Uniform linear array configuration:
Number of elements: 24
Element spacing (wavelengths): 0.5
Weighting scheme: exponential
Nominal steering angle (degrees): -45
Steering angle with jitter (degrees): -46.34
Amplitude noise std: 0.05
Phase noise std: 0.05

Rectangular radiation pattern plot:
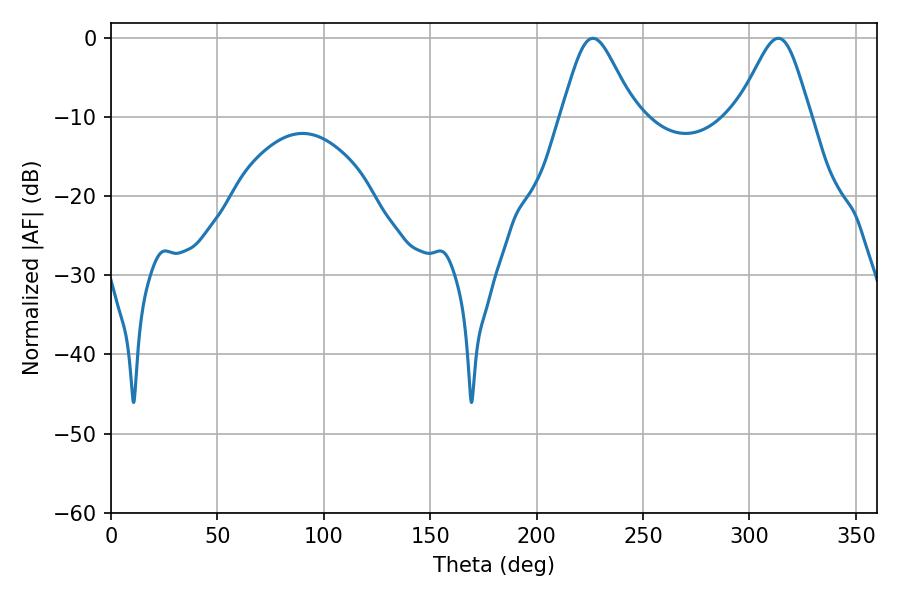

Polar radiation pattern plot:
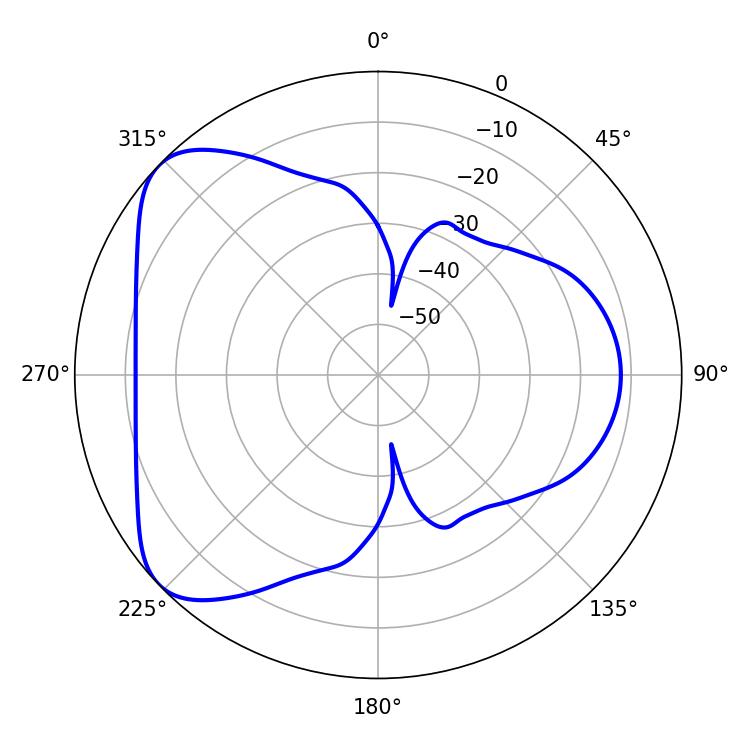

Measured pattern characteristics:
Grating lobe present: FALSE
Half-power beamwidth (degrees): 16.92
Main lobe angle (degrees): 226.44